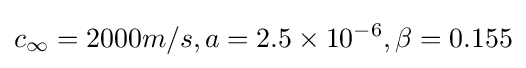
c_{\infty }=2000m/s,a=2.5\times 10^{-6},\beta =0.155